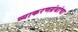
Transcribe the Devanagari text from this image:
व्याकरणग्रंथांचा